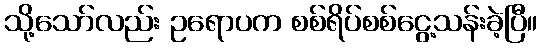
သို့သော်လည်း ဥရောပက စစ်ရိပ်စစ်ငွေ့သန်းခဲ့ပြီ။